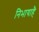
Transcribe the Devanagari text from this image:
निभायाहै